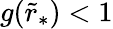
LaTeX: g(\tilde{r}_{*})<1